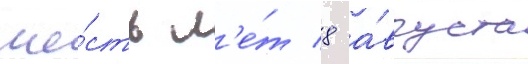
ше́сть л'е́т 8 а́вгуста